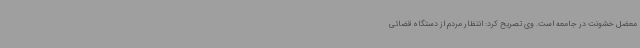
معضل خشونت در جامعه است. وی تصریح کرد: انتظار مردم از دستگاه قضائی